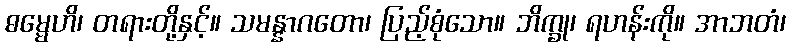
ဓမ္မေဟိ၊ တရားတို့နှင့်။ သမန္နာဂတော၊ ပြည့်စုံသော။ ဘိက္ခု၊ ရဟန်းကို။ အာဘတံ၊